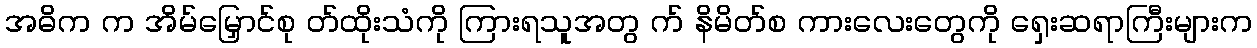
အဓိက က အိမ်မြှောင်စု တ်ထိုးသံကို ကြားရသူအတွ က် နိမိတ်စ ကားလေးတွေကို ရှေးဆရာကြီးများက